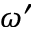
\omega ^ { \prime }